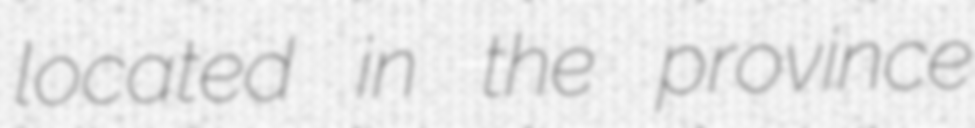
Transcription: located in the province